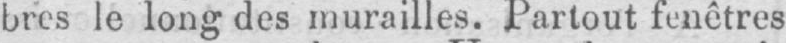
bres le long des murailles. Partout fenêtres